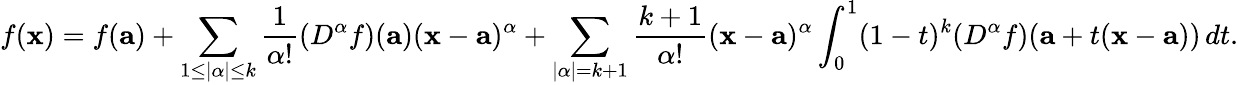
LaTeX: f(\mathbf{x})=f(\mathbf{a})+\sum_{1\leq|\alpha|\leq k}{\frac{1}{\alpha!}}(D^{\alpha}f)(\mathbf{a})(\mathbf{x}-\mathbf{a})^{\alpha}+\sum_{|\alpha|=k+1}{\frac{k+1}{\alpha!}}(\mathbf{x}-\mathbf{a})^{\alpha}\int_{0}^{1}(1-t)^{k}(D^{\alpha}f)(\mathbf{a}+t(\mathbf{x}-\mathbf{a}))\, dt.